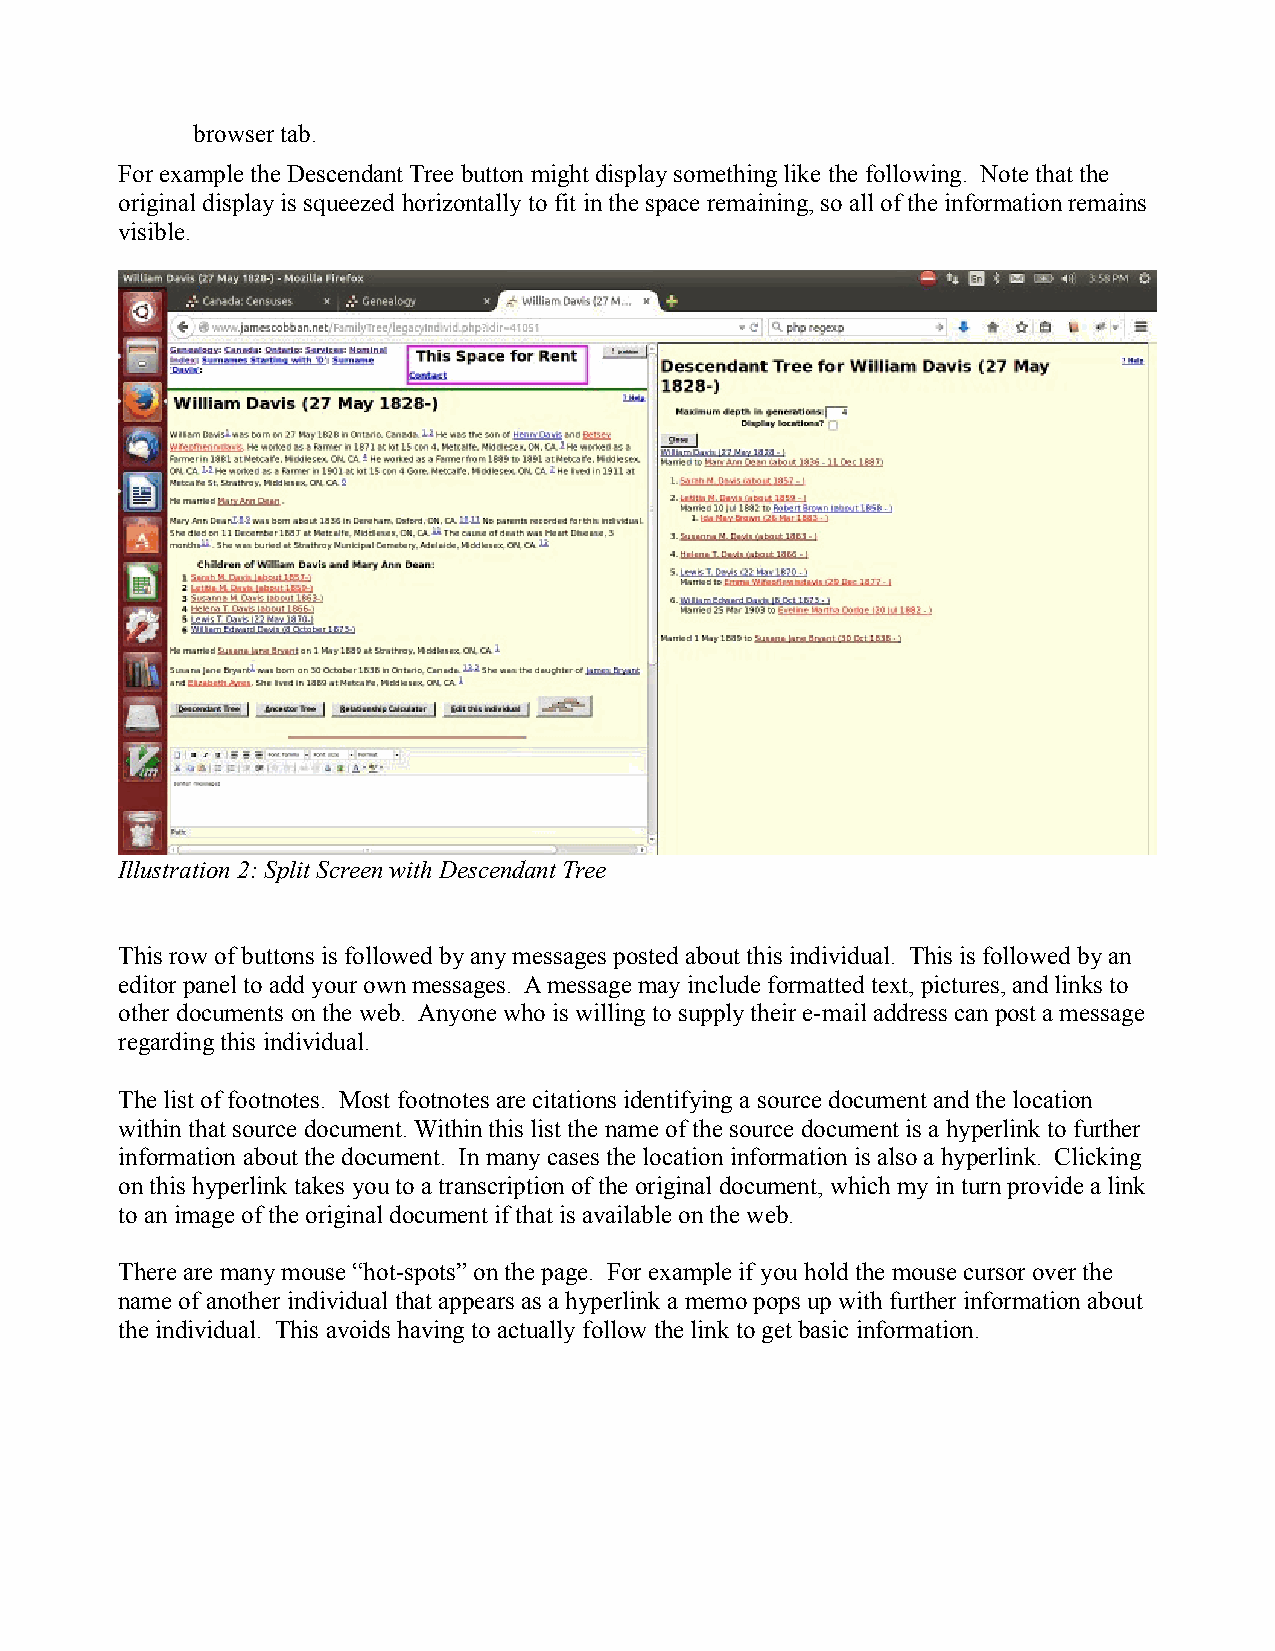
browser tab.
 For example the Descendant Tree button might display something like the following. Note that the
 original display is squeezed horizontally to fit in the space remaining, so all of the information remains
 visible.
 Illustration 2: Split Screen with Descendant Tree
 This row of buttons is followed by any messages posted about this individual. This is followed by an
 editor panel to add your own messages. A message may include formatted text, pictures, and links to
 other documents on the web. Anyone who is willing to supply their e-mail address can post a message
 regarding this individual.
 The list of footnotes. Most footnotes are citations identifying a source document and the location
 within that source document. Within this list the name of the source document is a hyperlink to further
 information about the document. In many cases the location information is also a hyperlink. Clicking
 on this hyperlink takes you to a transcription of the original document, which my in turn provide a link
 to an image of the original document if that is available on the web.
 There are many mouse “hot-spots” on the page. For example if you hold the mouse cursor over the
 name of another individual that appears as a hyperlink a memo pops up with further information about
 the individual. This avoids having to actually follow the link to get basic information.